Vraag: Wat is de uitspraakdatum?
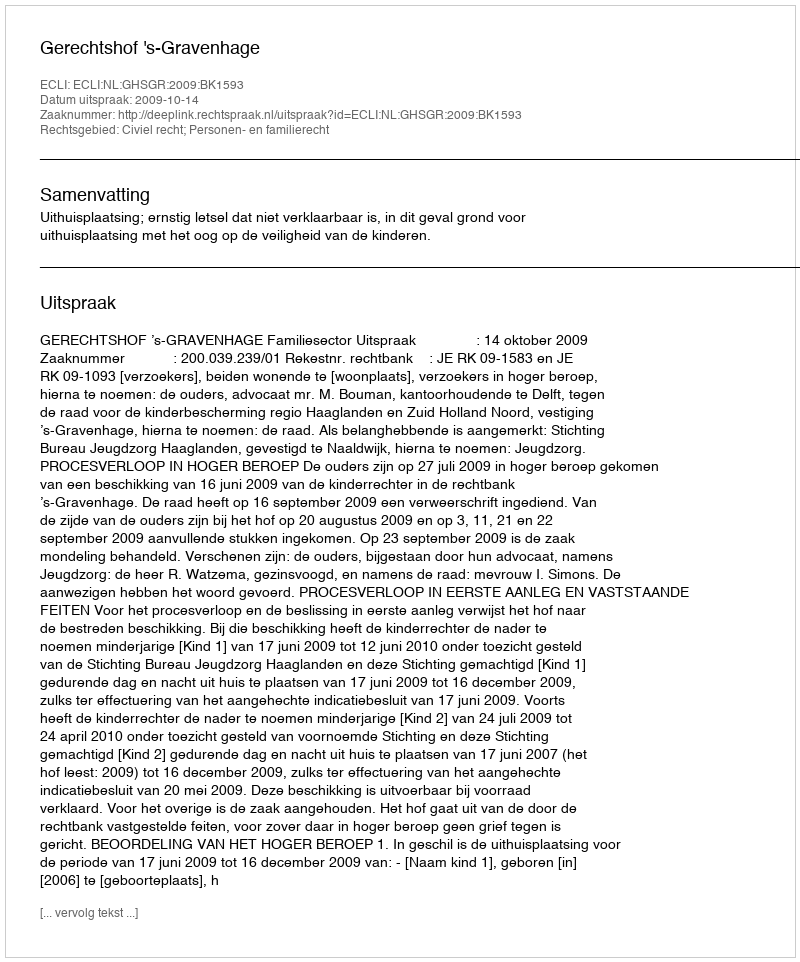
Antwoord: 2009-10-14